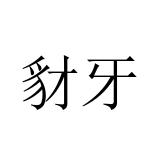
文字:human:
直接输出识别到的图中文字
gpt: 豺牙